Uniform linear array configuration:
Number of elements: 4
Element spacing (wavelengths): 0.25
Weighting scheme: exponential
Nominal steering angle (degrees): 15
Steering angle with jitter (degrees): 14.008
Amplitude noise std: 0.05
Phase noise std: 0.05

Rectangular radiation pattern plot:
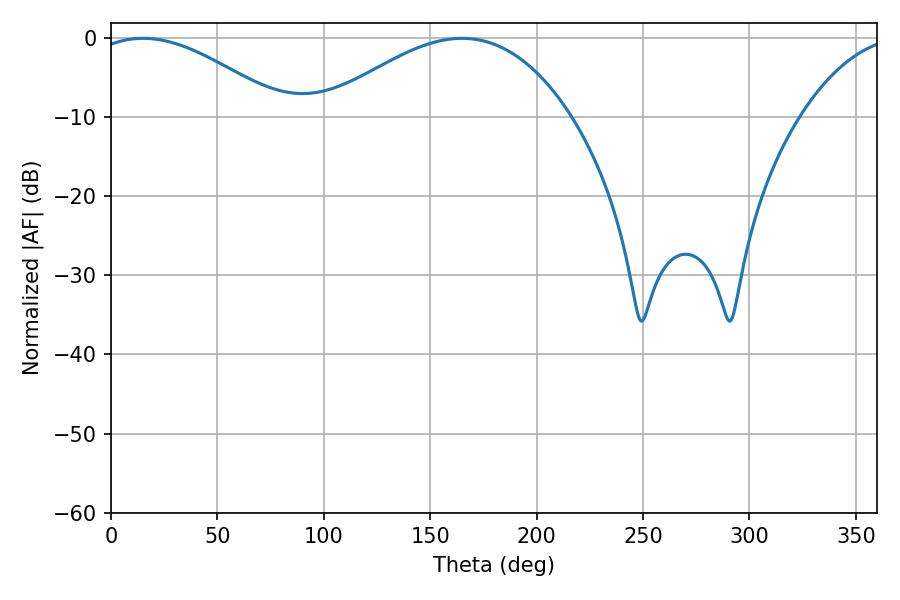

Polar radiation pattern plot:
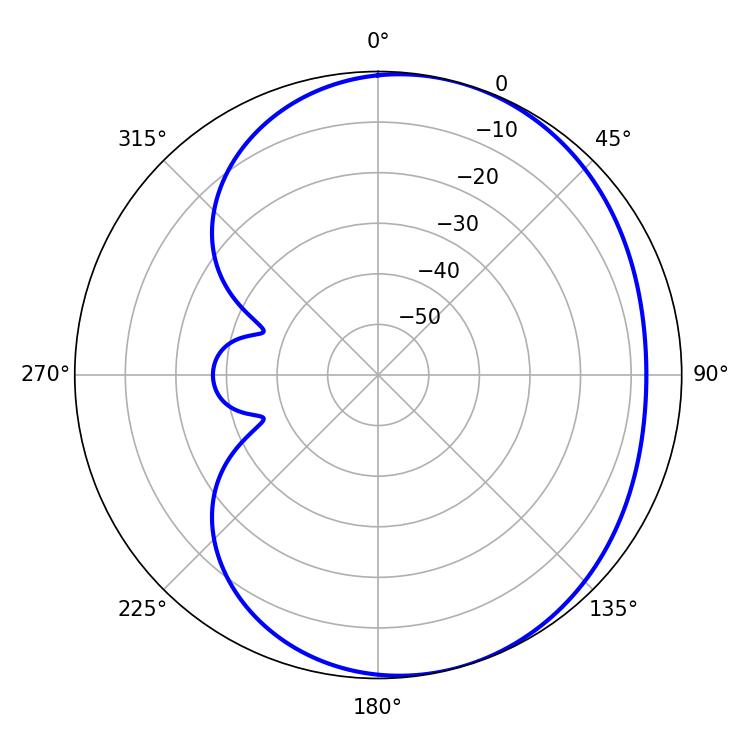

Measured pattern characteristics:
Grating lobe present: FALSE
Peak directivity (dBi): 4.057
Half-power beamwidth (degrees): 50.04
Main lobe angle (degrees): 15.12